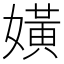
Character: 嫹